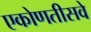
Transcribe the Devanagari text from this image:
एकोणतीसवे